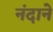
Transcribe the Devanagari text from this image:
नंदाने